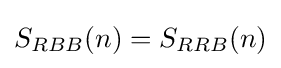
S_{RBB}(n)=S_{RRB}(n)